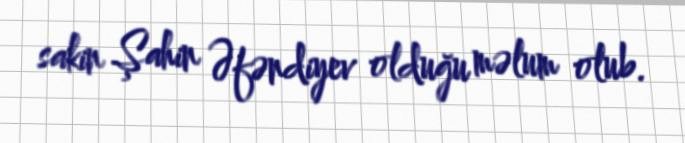
sakin Şahin Əfəndiyev olduğu məlum olub.